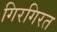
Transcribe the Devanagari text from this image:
गिरगिरत